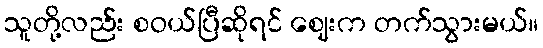
သူတို့လည်း စဝယ်ပြီဆိုရင် ဈေးက တက်သွားမယ်။